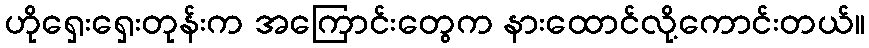
ဟိုရှေးရှေးတုန်းက အကြောင်းတွေက နားထောင်လို့ကောင်းတယ်။